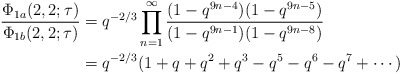
\begin{align*}\frac{\Phi_{1a}(2,2;\tau)}{\Phi_{1b}(2,2;\tau)}&=q^{-2/3}\prod_{n=1}^{\infty}\frac{(1-q^{9n-4})(1-q^{9n-5})}{(1-q^{9n-1})(1-q^{9n-8})}\\&=q^{-2/3}(1+q+q^2+q^3-q^5-q^6-q^7+\cdots)\end{align*}